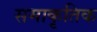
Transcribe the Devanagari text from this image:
समाकृतिक